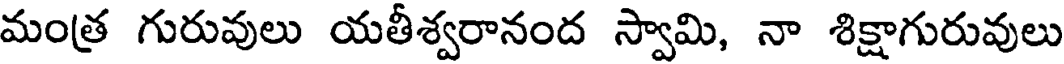
మంత్ర గురువులు యతీశ్వరానంద స్వామి, నా శిక్షాగురువులు